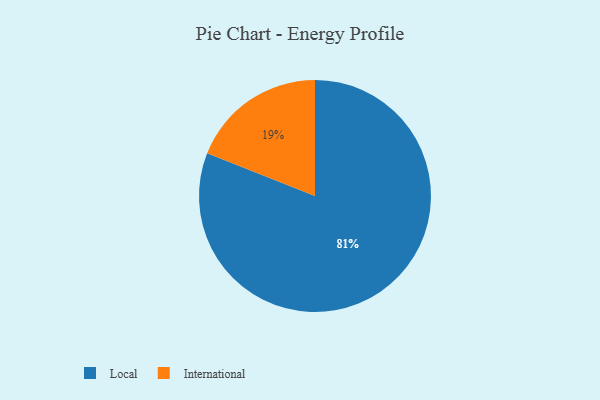
{"axis": {"x": "Category", "y": "Percentage"}, "legend": ["International", "Local"], "data": [{"x": "International", "y": 19, "type": "International"}, {"x": "Local", "y": 81, "type": "Local"}]}